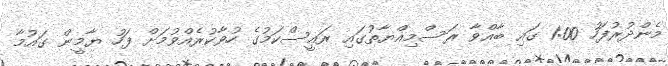
މެންދުރުފަހު 1:00 ގައި ބާއްވާ ރަސްމިއްޔާތުގައި ރައީސްކަމުގެ ހުވާކުރެއްވުމަށް ފަހު ޔާމީން ގައުމާ